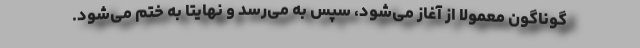
گوناگون معمولا از آغاز می‌شود، سپس به می‌رسد و نهایتا به ختم می‌شود.